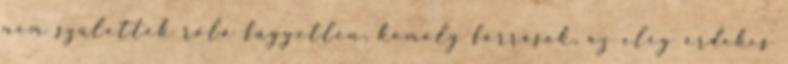
nem születtek róla független, komoly források, az elég érdekes